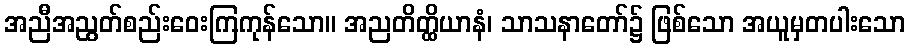
အညီအညွတ်စည်းဝေးကြကုန်သော။ အညတိတ္ထိယာနံ၊ သာသနာတော်၌ ဖြစ်သော အယူမှတပါးသော